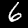
Label: 6